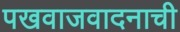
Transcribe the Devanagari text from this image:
पखवाजवादनाची